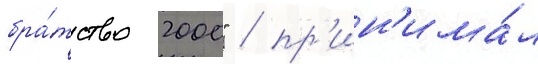
бра́тство 2000" / пр'ин'има́л